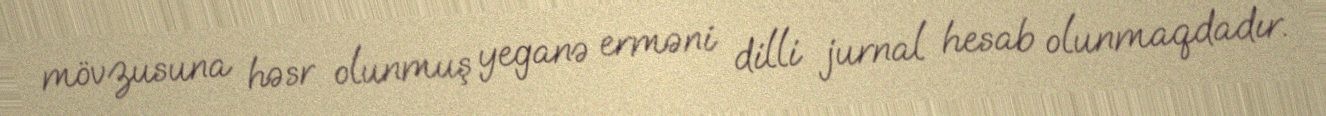
mövzusuna həsr olunmuş yeganə erməni dilli jurnal hesab olunmaqdadır.